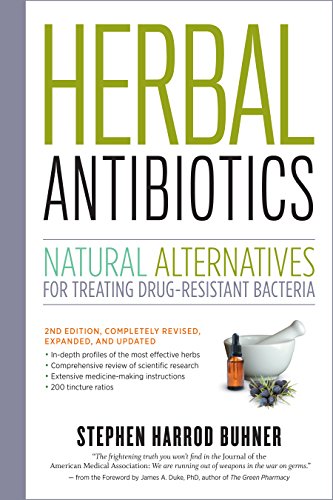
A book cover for Herbal Antibiotics, 2nd Edition: Natural Alternatives for Treating Drug-resistant Bacteria; Stephen Harrod Buhner; Medical Books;